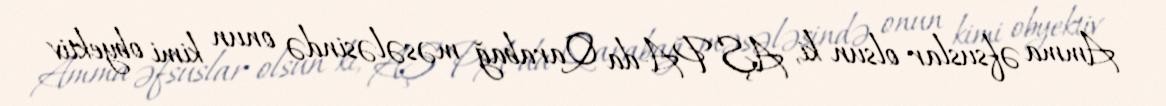
Amma əfsuslar olsun ki, AŞ PA-da Qarabağ məsələsində onun kimi obyektiv